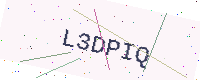
Text: L3DPIQ